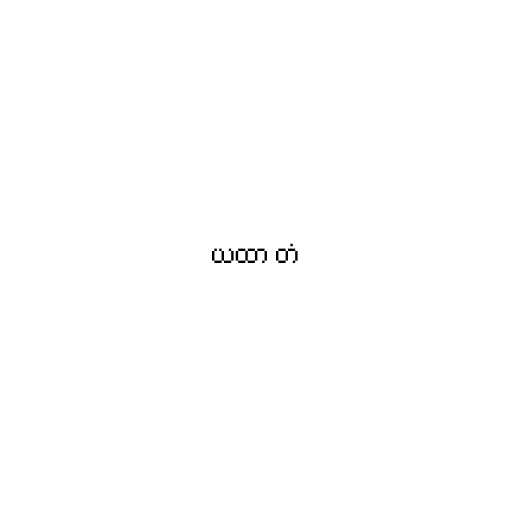
ယထာ တံ